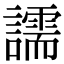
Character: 譳